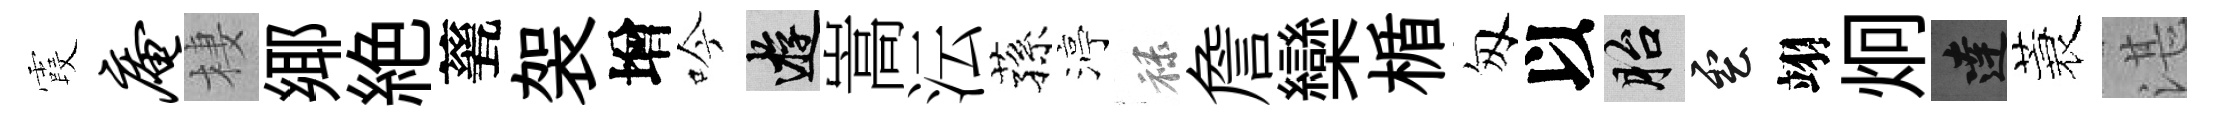
霞庵棲鄊絶甆袈增吟游嵩沄蓀渟禄詹欒楯匆以胎雲翊炯達蓑湛